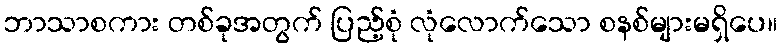
ဘာသာစကား တစ်ခုအတွက် ပြည့်စုံ လုံလောက်သော စနစ်များမရှိပေ။